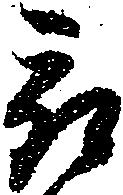
被